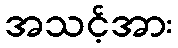
အသင့်အား